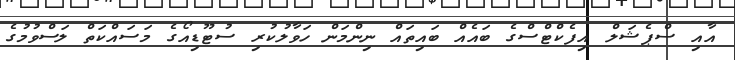
އާއި ސްޕެޝަލް އިފެކްޓްސްގެ ބައެއް ބައިތައް ނިންމަން ހަވާލުކުރި ސުޓޫޑިއޯގެ މަސައްކަތް ލަސްވުމުގެ